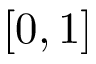
[ 0 , 1 ]